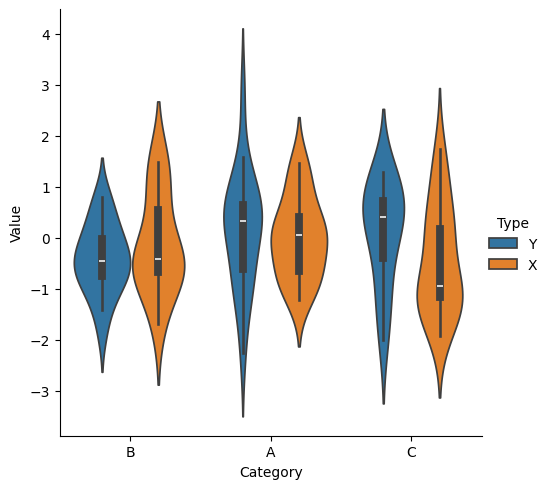
python, seaborn, catplot, kind='violin', height=5, aspect=1